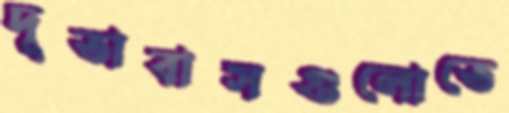
দূতাবাসগুলোতে